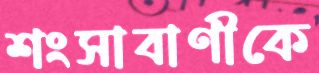
শংসাবাণীকে